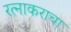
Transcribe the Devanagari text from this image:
रत्नाकराचा